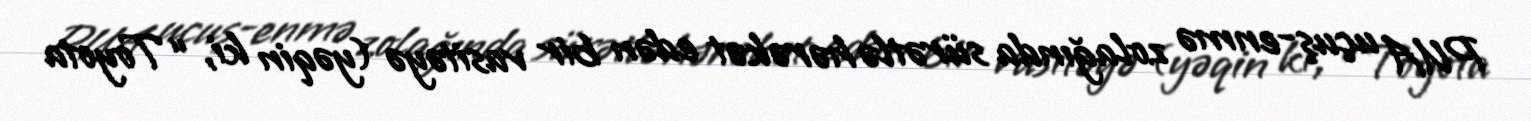
PUA uçuş-enmə zolağında sürətlə hərəkət edən bir vasitəyə (yəqin ki, “Toyota